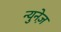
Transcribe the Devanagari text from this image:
न्युनेज़